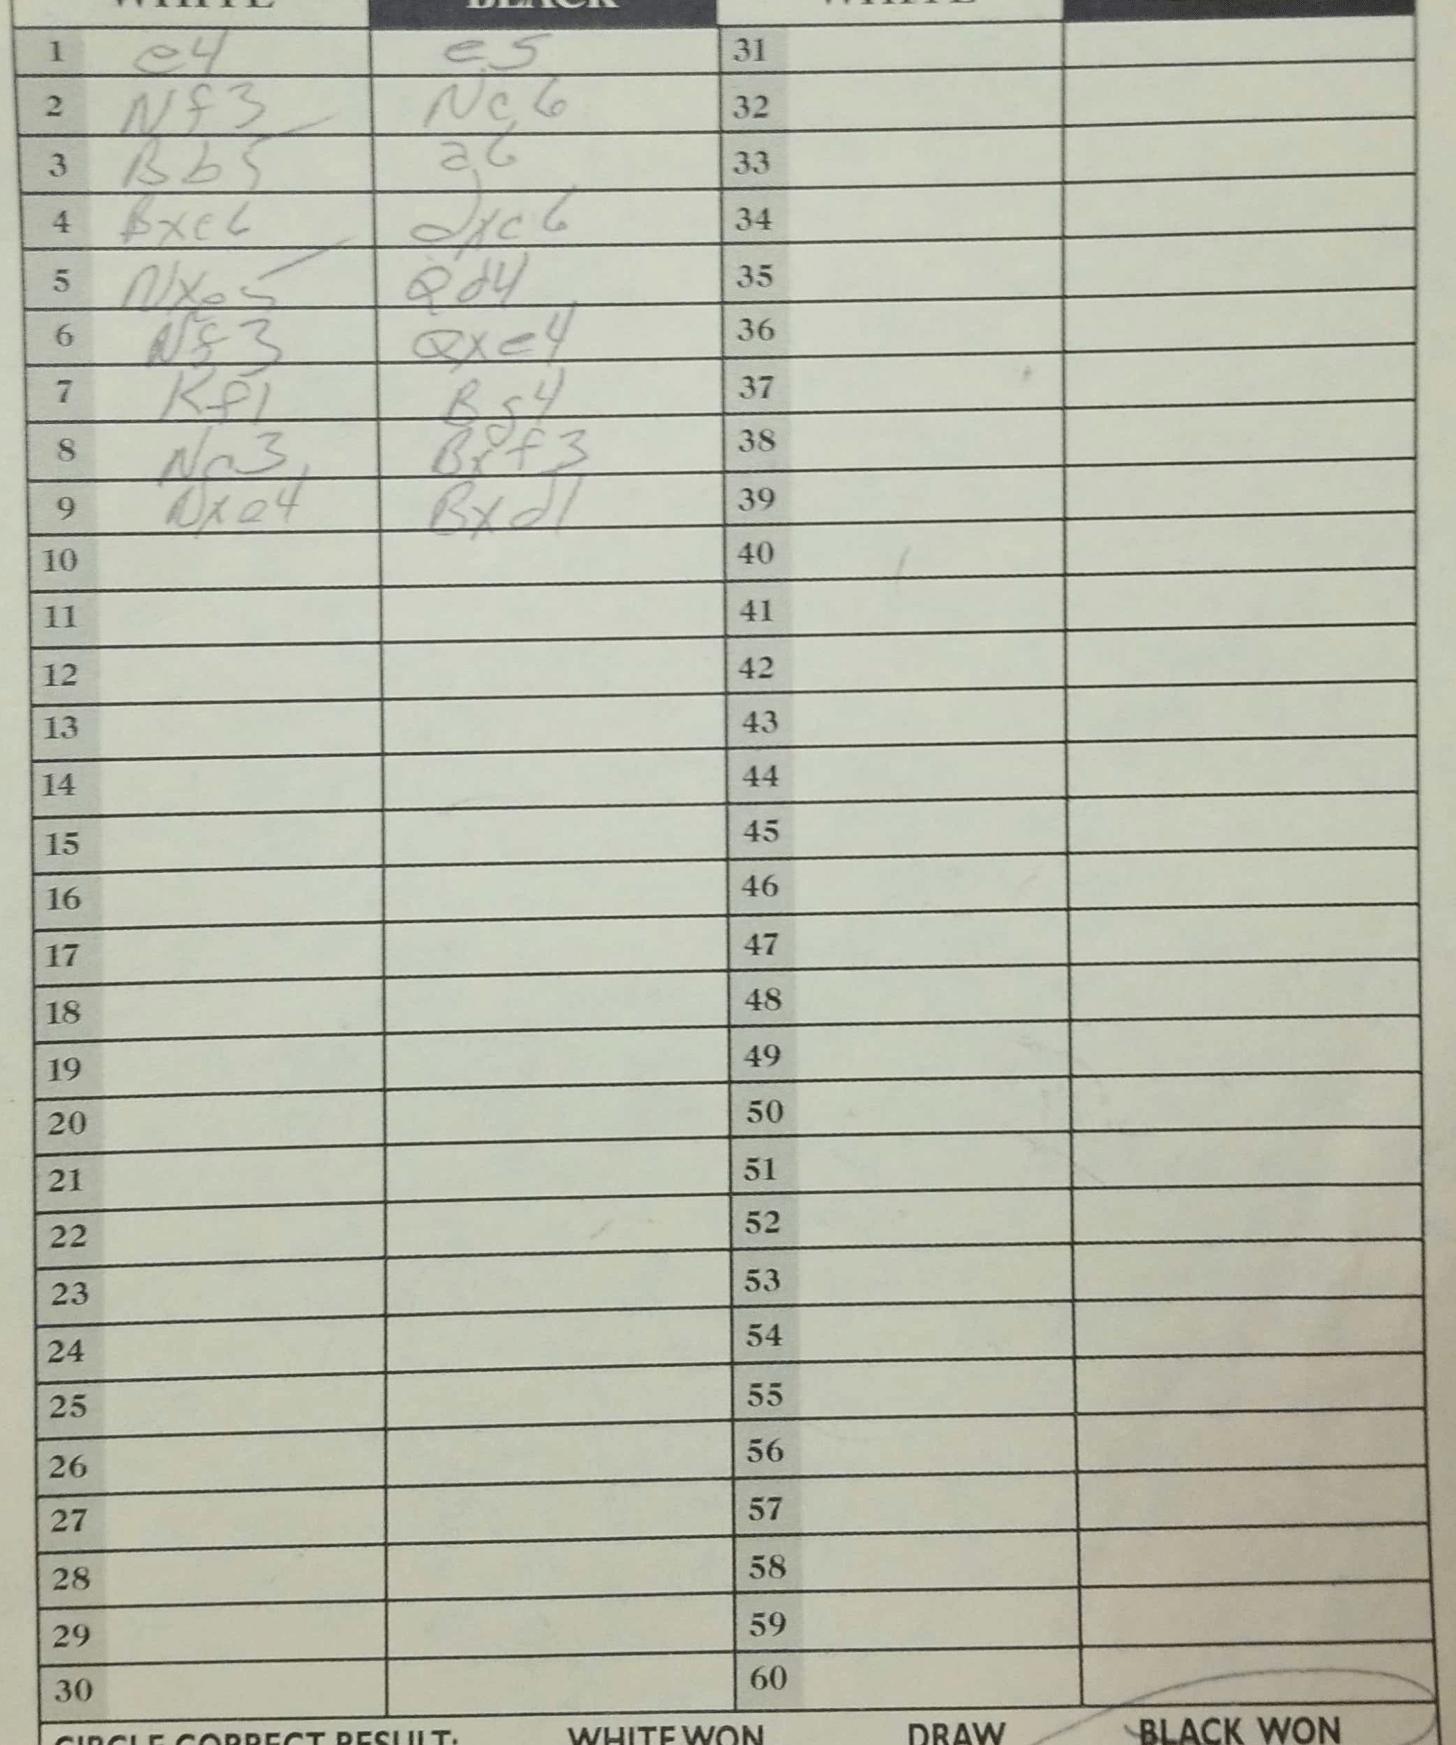
Moves: e4 e5 Nf3 Nc6 Bb5 a6 Bxe6 dxc6 Nxe5 Qd4 Nf3 Qxe4 Kf1 Bg4 Nc3 Bxf3 Nxe4 Bxd1